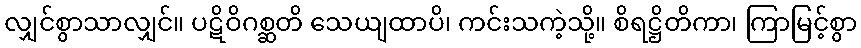
လျှင်စွာသာလျှင်။ ပဋိဝိဂစ္ဆတိ သေယျထာပိ၊ ကင်းသကဲ့သို့။ စိရဋ္ဌိတိကာ၊ ကြာမြင့်စွာ